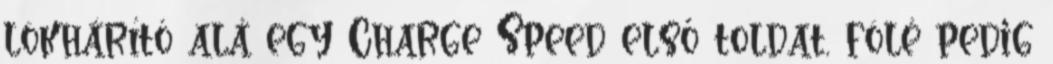
lökhárító alá egy Charge Speed első toldat, fölé pedig